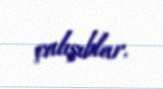
çalışıblar.